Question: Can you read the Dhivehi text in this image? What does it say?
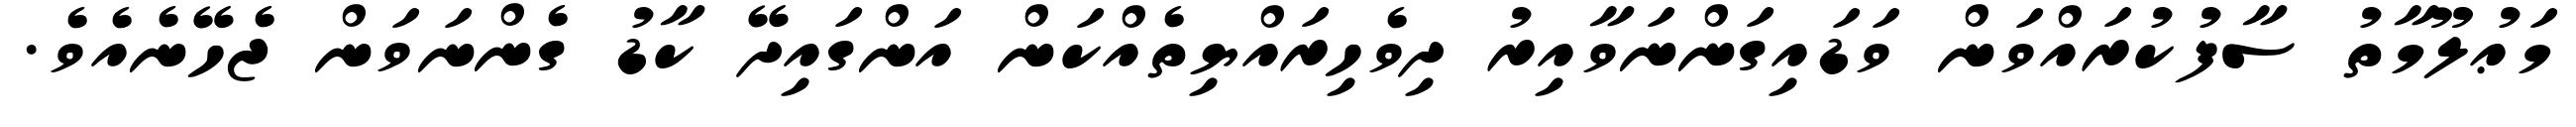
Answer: މަޢުލޫމާތު ސާފުކުރައްވަން ވަޑައިގަންނަވާއިރު ދިވެހިރައްޔިތެއްކަން އަންގައިދޭ ކާޑު ގެންނަވަން ޖެހޭނެއެވެ.